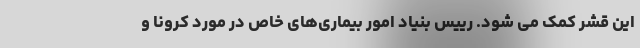
این قشر کمک می شود. رییس بنیاد امور بیماری‌های خاص در مورد کرونا و